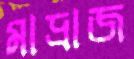
মাদ্রাজ